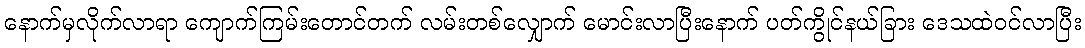
နောက်မှလိုက်လာရာ ကျောက်ကြမ်းတောင်တက် လမ်းတစ်လျှောက် မောင်းလာပြီးနောက် ပတ်ကွိုင်နယ်ခြား ဒေသထဲဝင်လာပြီး